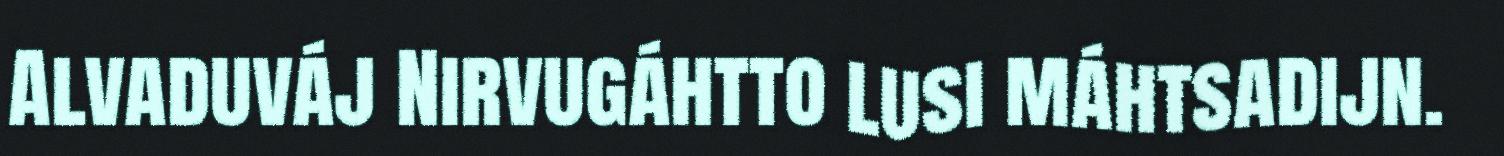
Alvaduváj Nirvugáhtto lusi máhtsadijn.